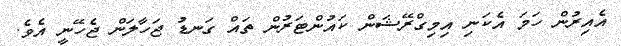
އެއިރުން ހަމަ އެކަނި އިމިގްރޭޝަން ކައުންޓަރުން ތައް ގަނޑު ޖަހާލަން ޖެހޭނީ އެވެ.